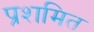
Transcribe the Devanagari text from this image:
प्रशमित